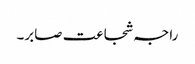
راجہ شجاعت صابر۔